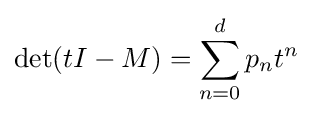
\det(tI-M)=\sum _{n=0}^{d}p_{n}t^{n}